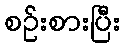
စဉ်းစားပြီး